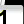
Digit: 1